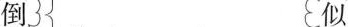
倒 似